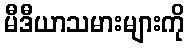
မီဒီယာသမားများကို